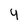
Character: 4